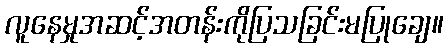
လူနေမှုအဆင့်အတန်းကိုပြသခြင်းမပြုချေ။